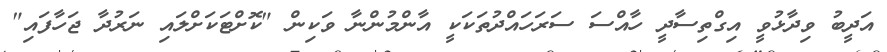
އަދީބު ވިދާޅުވީ އިގްތިސާދީ ހާއްސަ ސަރަހައްދުތަކަކީ އާންމުންނާ ވަކިން "ކޮށްޓަކަށްލައި ނަރުދާ ޖަހާފައި"